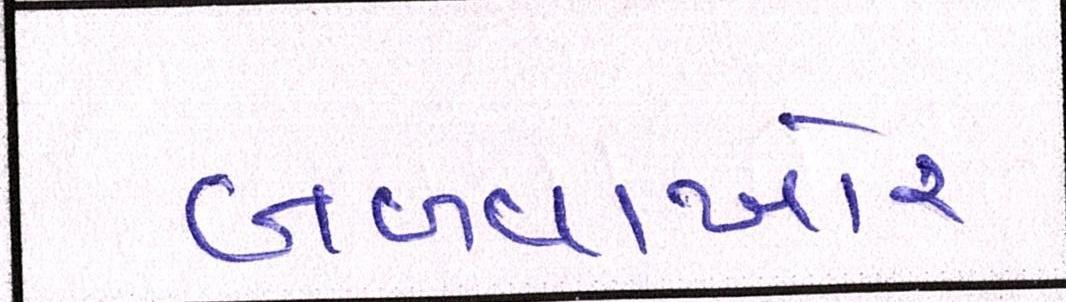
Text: બળવાખોર